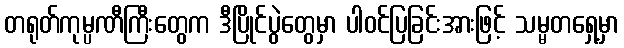
တရုတ်ကုမ္ပဏီကြီးတွေက ဒီပြိုင်ပွဲတွေမှာ ပါဝင်ပြခြင်းအားဖြင့် သမ္မတရှေ့မှာ